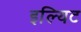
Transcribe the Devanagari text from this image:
इल्यिट